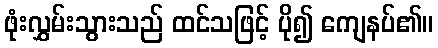
ဖုံးလွှမ်းသွားသည် ထင်သဖြင့် ပို၍ ကျေနပ်၏။